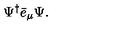
\Psi ^ { \dagger } \bar { e } _ { \mu } \Psi .